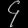
Digit: ၄